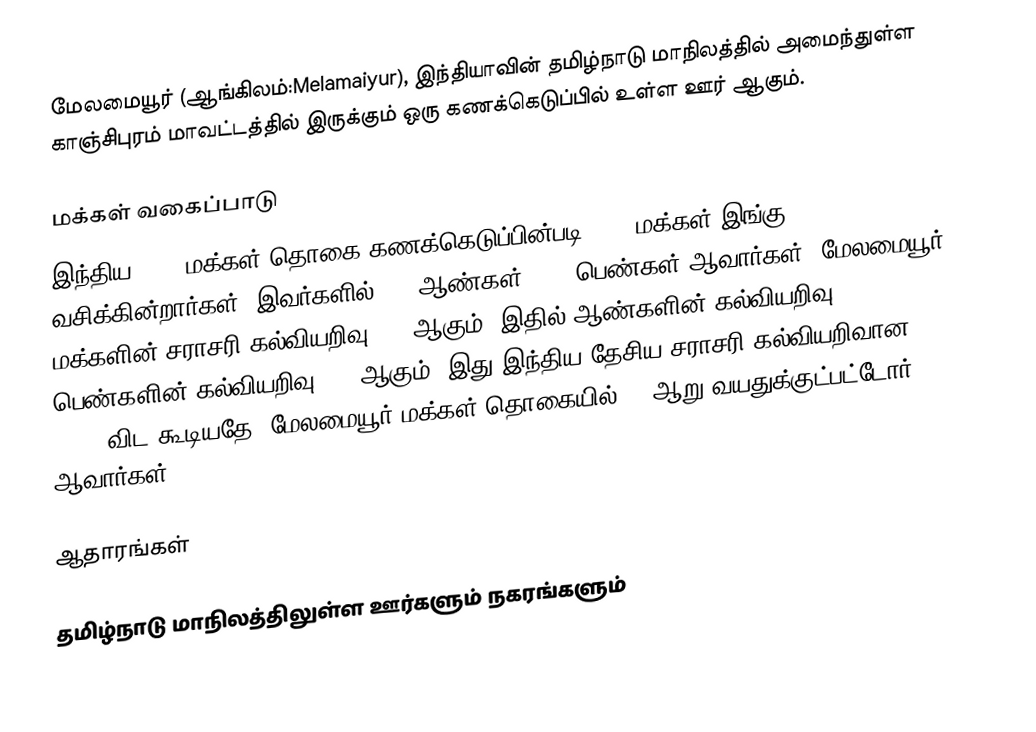
மேலமையூர் (ஆங்கிலம்:Melamaiyur), இந்தியாவின் தமிழ்நாடு மாநிலத்தில் அமைந்துள்ள காஞ்சிபுரம் மாவட்டத்தில் இருக்கும் ஒரு கணக்கெடுப்பில் உள்ள ஊர்  ஆகும்.

மக்கள் வகைப்பாடு
இந்திய 2001 மக்கள் தொகை கணக்கெடுப்பின்படி 5155 மக்கள் இங்கு வசிக்கின்றார்கள். இவர்களில் 50% ஆண்கள், 50% பெண்கள் ஆவார்கள். மேலமையூர் மக்களின் சராசரி கல்வியறிவு 81% ஆகும்,  இதில் ஆண்களின் கல்வியறிவு 84%,  பெண்களின் கல்வியறிவு 78% ஆகும். இது இந்திய தேசிய சராசரி கல்வியறிவான 59.5% விட கூடியதே. மேலமையூர் மக்கள் தொகையில் 8%  ஆறு வயதுக்குட்பட்டோர் ஆவார்கள்.

ஆதாரங்கள்

 தமிழ்நாடு மாநிலத்திலுள்ள ஊர்களும் நகரங்களும்